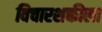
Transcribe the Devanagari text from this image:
विचारशक्तीला